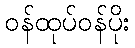
ဝန်ထုပ်ဝန်ပိုး